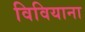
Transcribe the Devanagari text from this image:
विवियाना